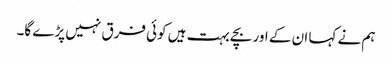
ہم نے کہا ان کے اور بچے بہت ہیں کوئی فرق نہیں پڑے گا۔